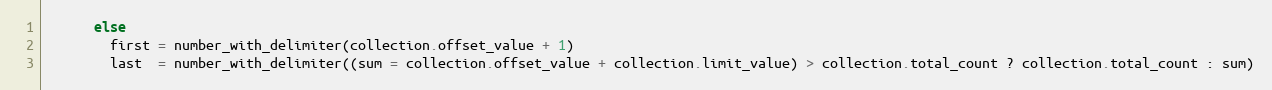
Language: Ruby
      else
        first = number_with_delimiter(collection.offset_value + 1)
        last  = number_with_delimiter((sum = collection.offset_value + collection.limit_value) > collection.total_count ? collection.total_count : sum)